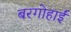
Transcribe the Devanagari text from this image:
बरगोहाईं